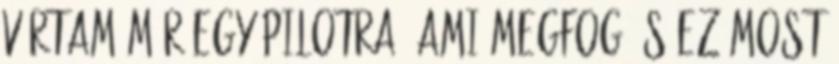
vártam már egy pilotra, ami megfog És ez most